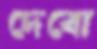
দেবো